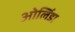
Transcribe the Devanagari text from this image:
ओलिंडा